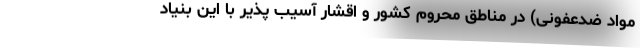
مواد ضدعفونی) در مناطق محروم کشور و اقشار آسیب پذیر با این بنیاد